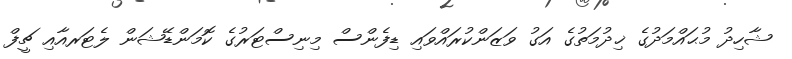
ޝާހިދު މުޙައްމަދުގެ ޚިދުމަތުގެ އަގު ވަޒަންކުރައްވައި ޑިފެންސް މިނިސްޓަރުގެ ކޮމަންޑޭޝަން ލެޓަރއާއި ޗީފް